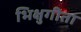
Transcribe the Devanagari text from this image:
भिक्षुगीता